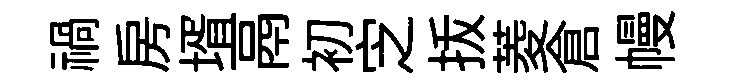
禍房壻鬲初㝎㧞菱倉幔